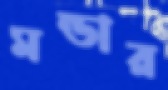
মন্ডার